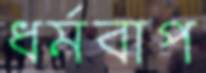
ধর্মবাপ